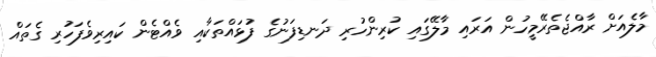
މާލެއަށް ރާއްޖެތެރޭމީހުން އަރައި މާލޭގައި ކުރިންހުރި ދަނޑިފަނުގެ ފުޅައްތަކާއި ވެއްޓެން ކައިރިވެފަހުރި ގެތައް